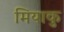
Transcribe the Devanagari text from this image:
मियाकु